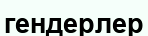
гендерлер